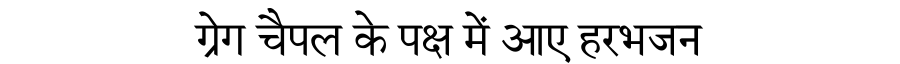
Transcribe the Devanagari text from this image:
ग्रेग चैपल के पक्ष में आए हरभजन